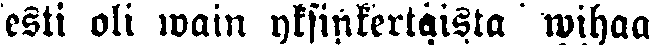
esti oli wain yksinkertaista wihaa